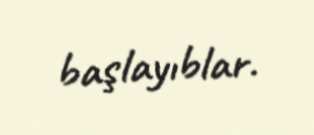
başlayıblar.